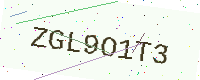
Text: ZGL9O1T3